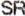
SR